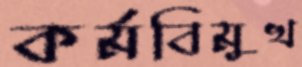
কর্মবিমুখ